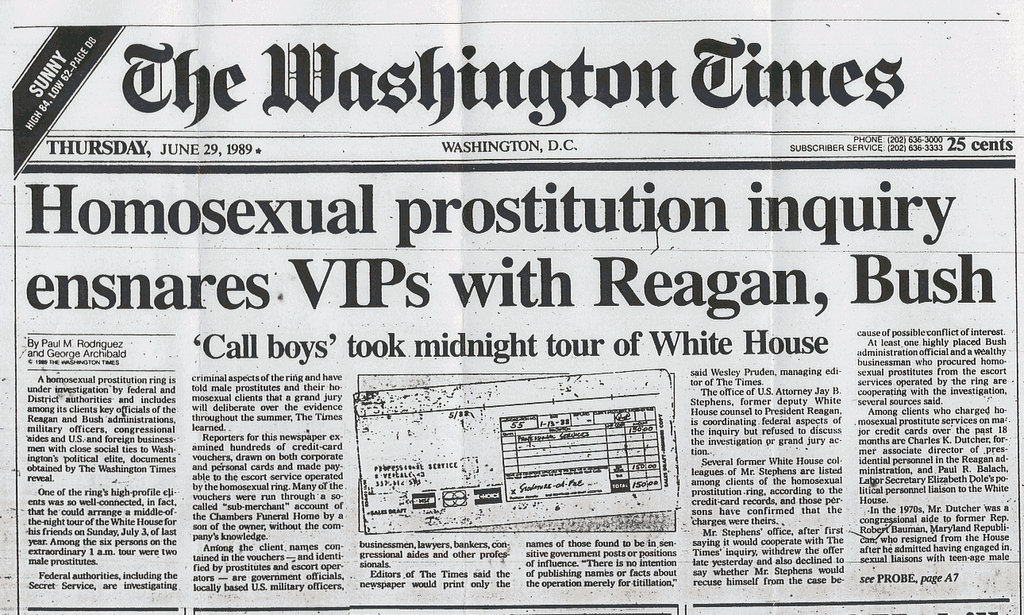
Language: en